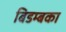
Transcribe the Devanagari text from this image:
बिडम्बका